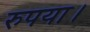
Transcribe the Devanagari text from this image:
रुपया।